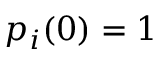
p _ { i } ( 0 ) = 1